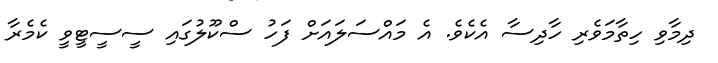
ދިމާވި ހިތާމަވެރި ހާދިސާ އެކެވެ. އެ މައްސަލައަށް ފަހު ސްކޫލުގައި ސީސީޓީވީ ކެމެރާ